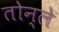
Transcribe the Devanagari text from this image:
तोन्ले